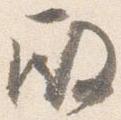
殿